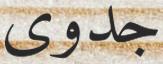
جدوى